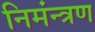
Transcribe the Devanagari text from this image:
निमंन्त्रण